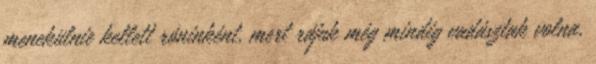
menekülnie kellett róninként, mert rájuk még mindig vadásztak volna,